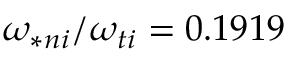
\omega _ { \ast n i } / \omega _ { t i } = 0 . 1 9 1 9